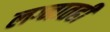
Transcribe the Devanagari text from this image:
लग्नातही